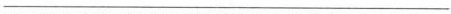
___